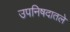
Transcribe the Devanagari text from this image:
उपनिषदातले